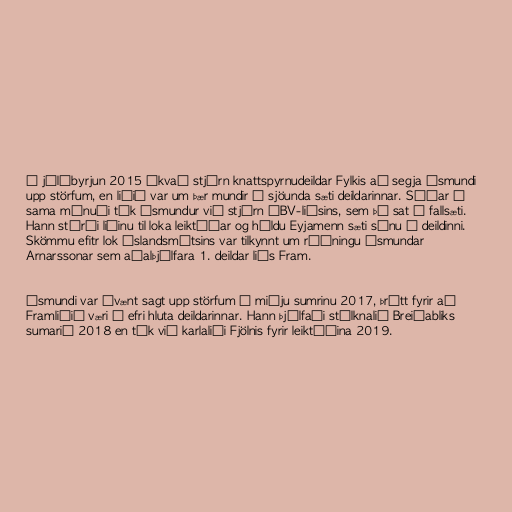
Í júlíbyrjun 2015 ákvað stjórn knattspyrnudeildar Fylkis að segja Ásmundi
upp störfum, en liðið var um þær mundir í sjöunda sæti deildarinnar. Síðar í
sama mánuði tók Ásmundur við stjórn ÍBV-liðsins, sem þá sat í fallsæti.
Hann stýrði liðinu til loka leiktíðar og héldu Eyjamenn sæti sínu í deildinni.
Skömmu efitr lok Íslandsmótsins var tilkynnt um ráðningu Ásmundar
Arnarssonar sem aðalþjálfara 1. deildar liðs Fram.

Ásmundi var óvænt sagt upp störfum á miðju sumrinu 2017, þrátt fyrir að
Framliðið væri í efri hluta deildarinnar. Hann þjálfaði stúlknalið Breiðabliks
sumarið 2018 en tók við karlaliði Fjölnis fyrir leiktíðina 2019.